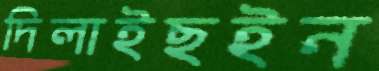
দিলাইছইন